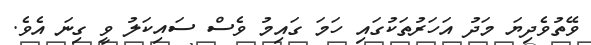
ވޭތުވެދިޔަ މަދު އަހަރުތަކުގައި ހަމަ ގައިމު ވެސް ސައިކަލު ވީ ގިނަ އެވެ.